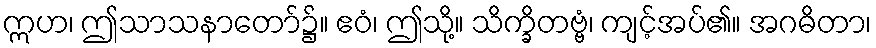
ဣဟ၊ ဤသာသနာတော်၌။ ဧဝံ၊ ဤသို့။ သိက္ခိတဗ္ဗံ၊ ကျင့်အပ်၏။ အဂဓိတာ၊